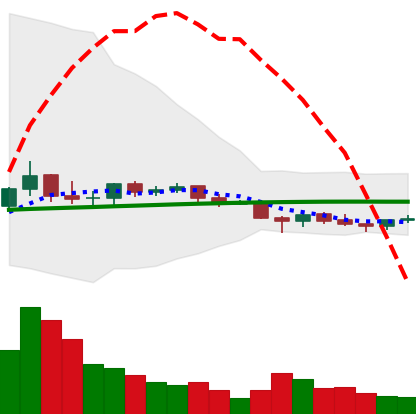
Ticker: EOS-USD
Chart end date: 2021-06-14
Forward return: -12.584%
Label: down_7plus